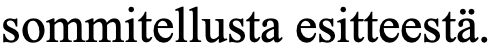
sommitellusta esitteestä.